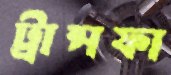
ট্রান্সফা